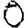
Digit: 0